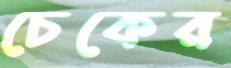
চেকের